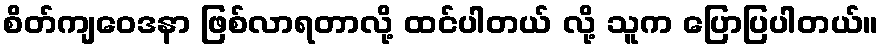
စိတ်ကျဝေဒနာ ဖြစ်လာရတာလို့ ထင်ပါတယ် လို့ သူက ပြောပြပါတယ်။